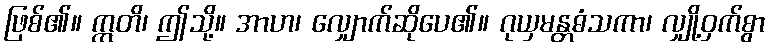
ဖြစ်၏။ ဣတိ၊ ဤသို့။ အာဟ၊ လျှောက်ဆိုပေ၏။ ဂုယှမန္တဓံသကာ၊ လျှို့ဝှက်စွာ